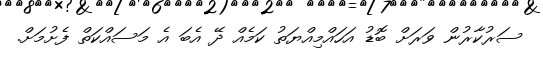
ސަރުކާރުން ވަރަށް ބޮޑު އަހައްމިއްޔަތު ކަމެއް ދޭ އެބަ އެ މަސައްކަތް ފެށުމަށް.